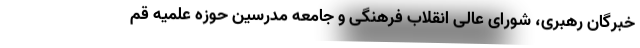
خبرگان رهبری، شورای عالی انقلاب فرهنگی و جامعه مدرسین حوزه علمیه قم